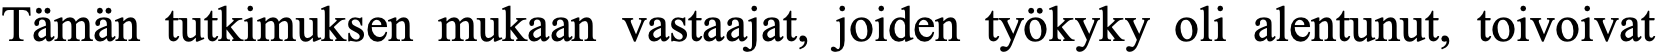
Tämän tutkimuksen mukaan vastaajat, joiden työkyky oli alentunut, toivoivat